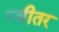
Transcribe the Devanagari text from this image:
प्जीतर